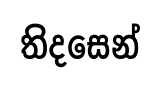
තිදසෙන්